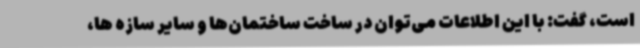
است، گفت: با این اطلاعات می‌توان در ساخت ساختمان‌ها و سایر سازه ها،